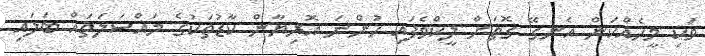
ވަކި މީހެއްކަން އެނގޭ ގޮތަށް ލީކްވެފައި ހުންނަ އޮރިޔާން ކާޑުތަކުގެ މައްސަލަތައް ބަލައި